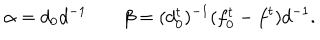
LaTeX: \alpha = d _ { 0 } d ^ { - 1 } \; \beta = ( d _ { 0 } ^ { t } ) ^ { - 1 } ( f _ { 0 } ^ { t } - f ^ { t } ) d ^ { - 1 } .